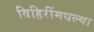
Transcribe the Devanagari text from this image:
विहिरींमधल्या